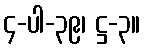
၄-ပါ-၃၉၊ ဋ္ဌ-၃။